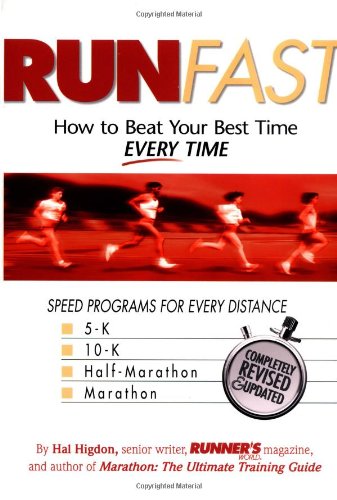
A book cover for Run Fast: How to Beat Your Best Time -- Every Time; Hal Higdon; Health, Fitness & Dieting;